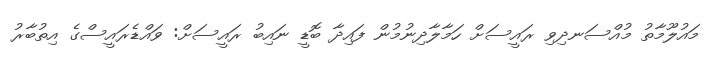
މައުލޫމާތު މުއްސަނދިވި ރައީސަށް ހަމާލާދިނުމުން ފައިދާ ބޮޑީ ނައިބު ރައީސަށް: ވައްޑެރައީސްގެ އިތުބާރު